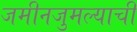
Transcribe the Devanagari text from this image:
जमीनजुमल्याची